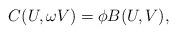
LaTeX: \begin{align*}C(U,\omega V)=\phi B(U,V), \end{align*}